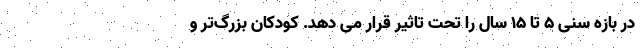
در بازه سنی 5 تا 15 سال را تحت تاثیر قرار می دهد. کودکان بزرگ‌تر و